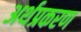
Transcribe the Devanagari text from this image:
अर्थप्रकरण